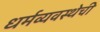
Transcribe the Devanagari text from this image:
धर्मव्यवस्थेची